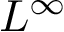
L ^ { \infty }